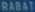
RABAT